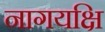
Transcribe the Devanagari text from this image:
नागयक्षि